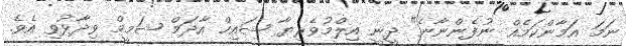
ނަމަ އަމާންކަމެއް ނުފެންނާނެ" ދީނީ އިލްމުވެރިޔާ ޝައިހް އާދަމް ޝަމީމް ވިދާޅުވި އެވެ.